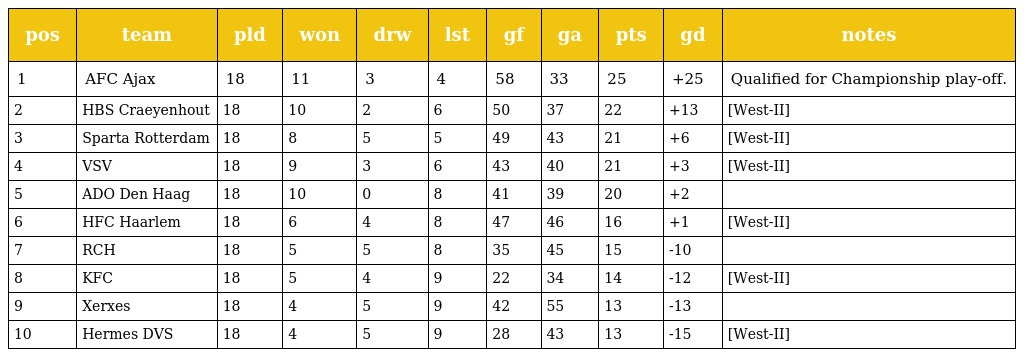
| pos | team | pld | won | drw | lst | gf | ga | pts | gd | notes |
 | --- | --- | --- | --- | --- | --- | --- | --- | --- | --- | --- |
 | 1 | AFC Ajax | 18 | 11 | 3 | 4 | 58 | 33 | 25 | +25 | Qualified for Championship play-off. |
 | 2 | HBS Craeyenhout | 18 | 10 | 2 | 6 | 50 | 37 | 22 | +13 | [West-II] |
 | 3 | Sparta Rotterdam | 18 | 8 | 5 | 5 | 49 | 43 | 21 | +6 | [West-II] |
 | 4 | VSV | 18 | 9 | 3 | 6 | 43 | 40 | 21 | +3 | [West-II] |
 | 5 | ADO Den Haag | 18 | 10 | 0 | 8 | 41 | 39 | 20 | +2 |  |
 | 6 | HFC Haarlem | 18 | 6 | 4 | 8 | 47 | 46 | 16 | +1 | [West-II] |
 | 7 | RCH | 18 | 5 | 5 | 8 | 35 | 45 | 15 | -10 |  |
 | 8 | KFC | 18 | 5 | 4 | 9 | 22 | 34 | 14 | -12 | [West-II] |
 | 9 | Xerxes | 18 | 4 | 5 | 9 | 42 | 55 | 13 | -13 |  |
 | 10 | Hermes DVS | 18 | 4 | 5 | 9 | 28 | 43 | 13 | -15 | [West-II] |